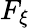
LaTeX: F_{\xi}